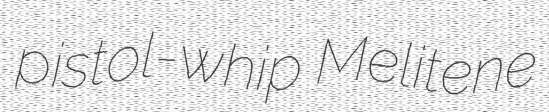
pistol-whip Melitene